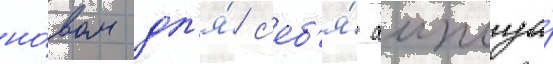
но́вом дл'я́ с'еб'я́ амплуа́